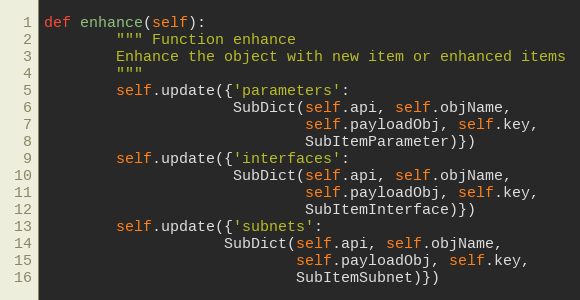
Language: Python
def enhance(self):
        """ Function enhance
        Enhance the object with new item or enhanced items
        """
        self.update({'parameters':
                     SubDict(self.api, self.objName,
                             self.payloadObj, self.key,
                             SubItemParameter)})
        self.update({'interfaces':
                     SubDict(self.api, self.objName,
                             self.payloadObj, self.key,
                             SubItemInterface)})
        self.update({'subnets':
                    SubDict(self.api, self.objName,
                            self.payloadObj, self.key,
                            SubItemSubnet)})